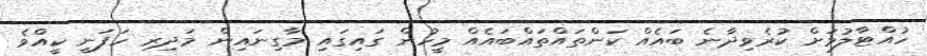
ހުއްޓާލުމަށް ކުރެވިދާނެ ބައެއް ކަންތައްތައްބައެއް މީހުން ގައިގައި މާގިނައިން މަދިރި ހަފަނީ ކީއްވެ